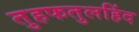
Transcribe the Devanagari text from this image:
तुहफतुलहिंद